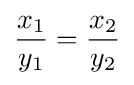
{\frac {x_{1}}{y_{1}}}={\frac {x_{2}}{y_{2}}}